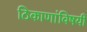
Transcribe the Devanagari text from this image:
ठिकाणांविषयी